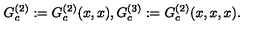
G _ { c } ^ { ( 2 ) } : = G _ { c } ^ { ( 2 ) } ( x , x ) , G _ { c } ^ { ( 3 ) } : = G _ { c } ^ { ( 2 ) } ( x , x , x ) .